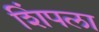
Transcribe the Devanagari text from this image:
शिंपला